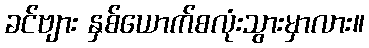
ခင်ဗျား နှစ်ယောက်စလုံးသွားမှာလား။